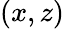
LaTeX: (x,z)